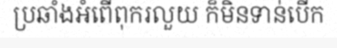
ប្រឆាំងអំពើពុករលួយ ក៏មិនទាន់បើក